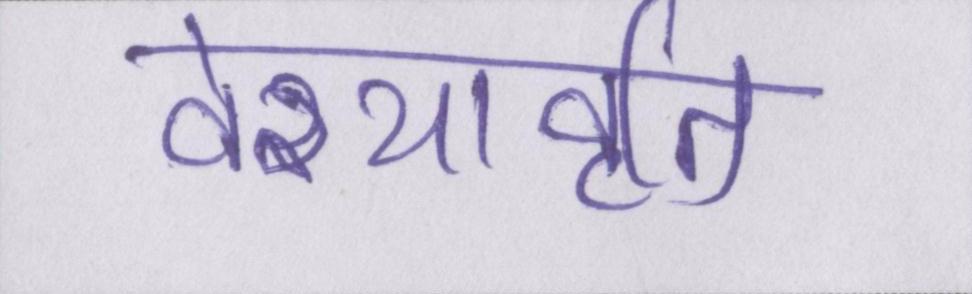
वेश्यावृति